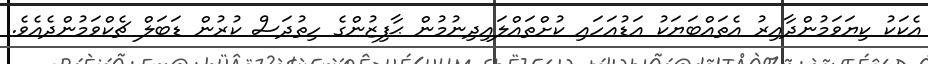
އެކަކު ކިޔަވަމުންދާއިރު އެތައްބަޔަކު އަޑުއަހައި ކުށްތައްލައިދިނުމުން ޙާފިޒުންގެ ހިތުދަސް ކުރުން ޑަބަލް ޗެކްވަމުންދެއެވެ.